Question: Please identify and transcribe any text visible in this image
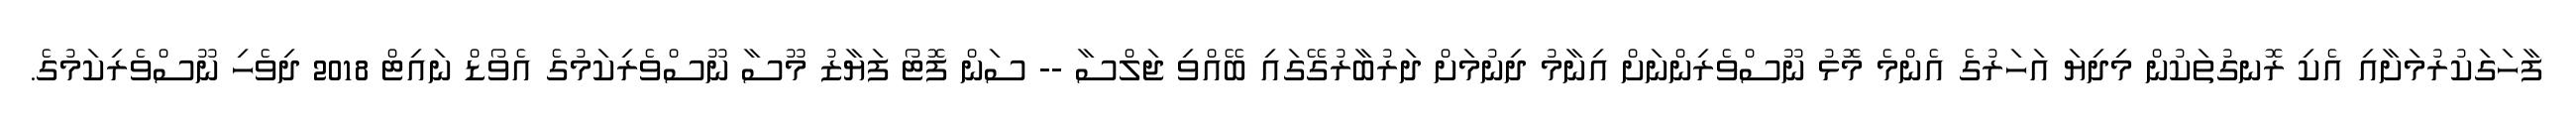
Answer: ފާހަގަކުރުމަށާއި އެކި ރޮނގުތަކުން މިދިޔަ އަހަރުގެ އެންމެ މޮޅު ނޫސްވެރިންނަށް އިނާމު ދިނުމަށް ދަރުބާރުގޭގައި ބޭއްވި ޖަލްސާ -- ސަން ފޮޓޯ ފަޔާޒު މޫސާ ނޫސްވެރިކަމުގެ އެވޯޑް ނައިޓް 2018 ދިވެހި ނޫސްވެރިކަމުގެ.